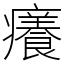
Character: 癢